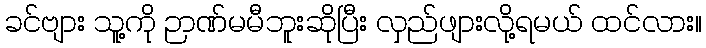
ခင်ဗျား သူ့ကို ဉာဏ်မမီဘူးဆိုပြီး လှည်ဖျားလို့ရမယ် ထင်လား။